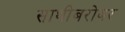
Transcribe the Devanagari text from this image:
साथीबरोबर